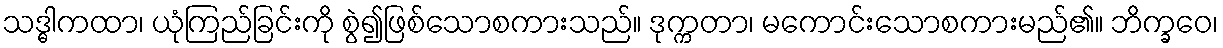
သဒ္ဓါကထာ၊ ယုံကြည်ခြင်းကို စွဲ၍ဖြစ်သောစကားသည်။ ဒုက္ကတာ၊ မကောင်းသောစကားမည်၏။ ဘိက္ခဝေ၊